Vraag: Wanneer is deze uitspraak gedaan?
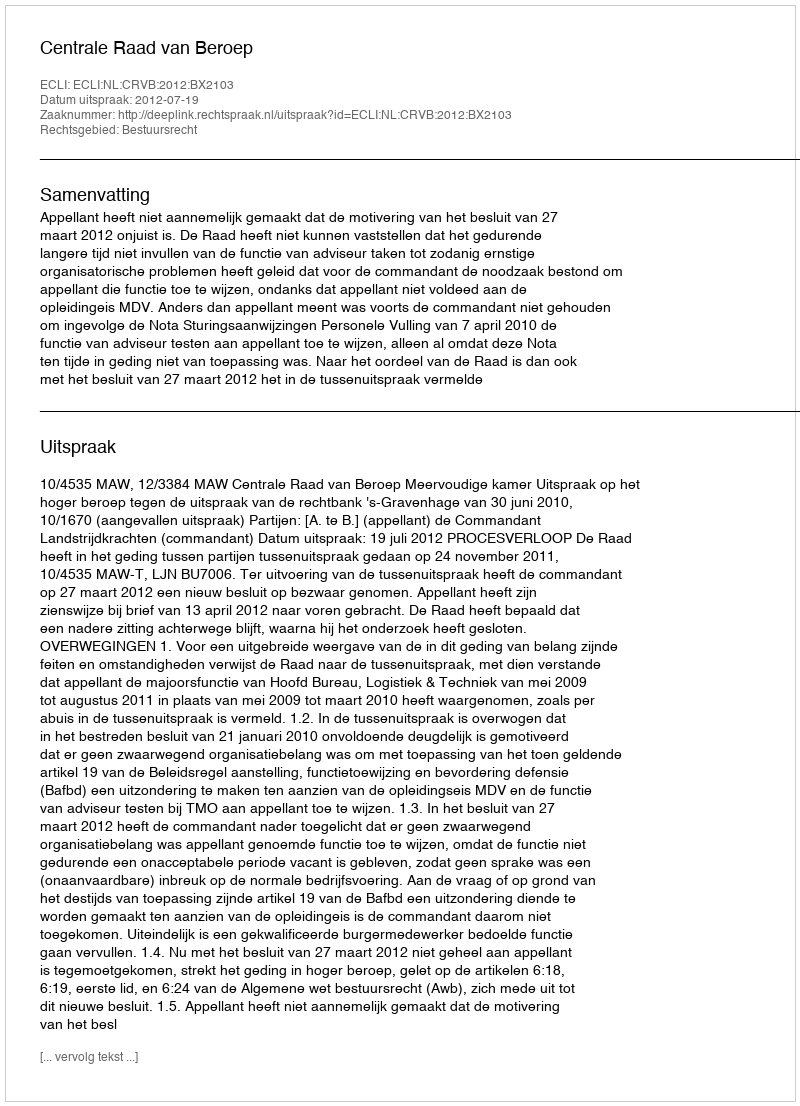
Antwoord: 2012-07-19